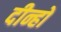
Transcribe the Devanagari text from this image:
दीन्हों